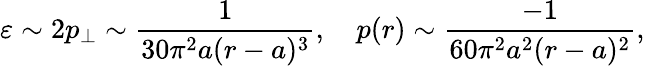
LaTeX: \varepsilon\sim 2p_{\perp}\sim\frac{1}{30\pi^{2}a(r-a)^{3}},\quad p(r)\sim\frac{-1}{60\pi^{2}a^{2}(r-a)^{2}},